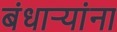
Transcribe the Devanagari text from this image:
बंधार्‍यांना